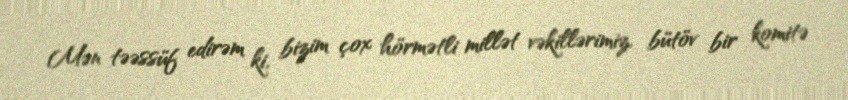
Mən təəssüf edirəm ki, bizim çox hörmətli millət vəkillərimiz, bütöv bir komitə